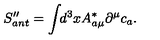
S _ { a n t } ^ { \prime \prime } = \int \! \! d ^ { 3 } x A _ { a \mu } ^ { * } \partial ^ { \mu } c _ { a } .